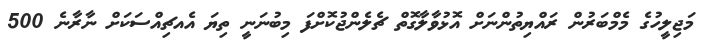
މަޖިލީހުގެ މެމްބަރުން ރައްޔިތުންނަށް އޮޅުވާލާގޮތް ޗެލެންޖުކޮށްފަ މިބުނަނީ ތިޔަ އެއޗިއްސަކަށް ނާރާނެ 500